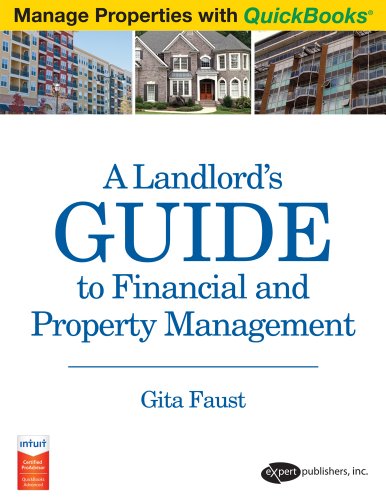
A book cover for A Landlord's Guide to Financial and Property Management (Manage Properties with QuickBooks) (Manage Properties with QuickBooks); Gita Faust; Computers & Technology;